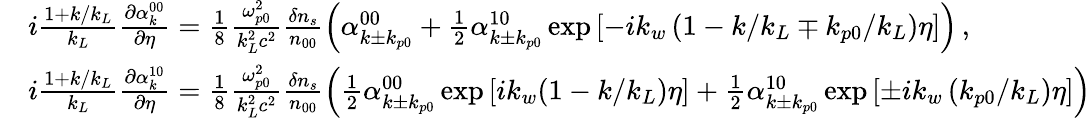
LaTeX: \begin{array}{rl}&{i\frac{1+k/k_{L}}{k_{L}}\frac{\partial\alpha_{k}^{00}}{\partial\eta}=\frac{1}{8}\frac{\omega_{p0}^{2}}{k_{L}^{2}c^{2}}\frac{\delta n_{s}}{n_{00}}\left(\alpha_{k\pm k_{p0}}^{00}+\frac{1}{2}\alpha_{k\pm k_{p0}}^{10}\exp\left[-ik_{w}\left(1-k/k_{L}\mp k_{p0}/k_{L}\right)\eta\right]\right)\, ,}\\ &{i\frac{1+k/k_{L}}{k_{L}}\frac{\partial\alpha_{k}^{10}}{\partial\eta}=\frac{1}{8}\frac{\omega_{p0}^{2}}{k_{L}^{2}c^{2}}\frac{\delta n_{s}}{n_{00}}\left(\frac{1}{2}\alpha_{k\pm k_{p0}}^{00}\exp\left[ik_{w}(1-k/k_{L})\eta\right]+\frac{1}{2}\alpha_{k\pm k_{p0}}^{10}\exp\left[\pm ik_{w}\left(k_{p0}/k_{L}\right)\eta\right]\right)}\end{array}